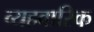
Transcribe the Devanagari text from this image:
व्यहवारिक